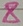
Text: 8